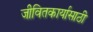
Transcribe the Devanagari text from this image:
जीवितकार्यासाठी